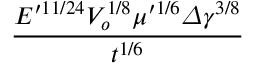
\frac { E ^ { \prime 1 1 / 2 4 } V _ { o } ^ { 1 / 8 } \mu ^ { \prime 1 / 6 } \varDelta \gamma ^ { 3 / 8 } } { t ^ { 1 / 6 } }